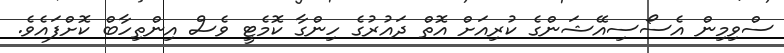
ސްވިމިން އެސޯސިއޭޝަންގެ ކުރިއަށް އޮތް ދައުރުގެ ހިންގާ ކޮމެޓީ ވެސް އިންތިހާބް ކޮށްފައެވެ.